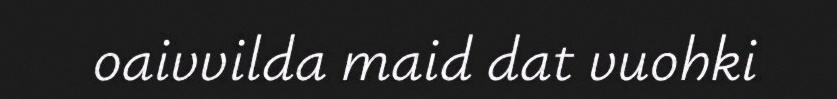
oaivvilda maid dat vuohki